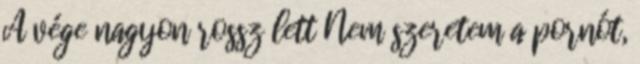
A vége nagyon rossz lett Nem szeretem a pornót,